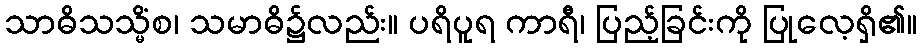
သာဓိသသ္မိံစ၊ သမာဓိ၌လည်း။ ပရိပူရ ကာရီ၊ ပြည့်ခြင်းကို ပြုလေ့ရှိ၏။